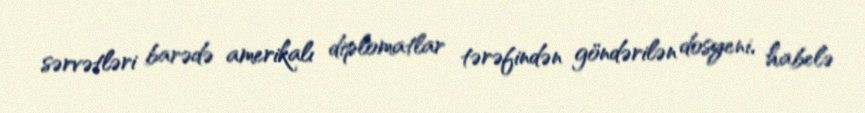
sərvətləri barədə amerikalı diplomatlar tərəfindən göndərilən dosyeni, habelə